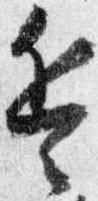
兵